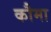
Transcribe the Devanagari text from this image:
कौमा